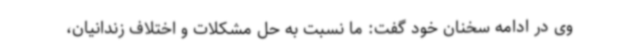
وی در ادامه سخنان خود گفت: ما نسبت به حل مشکلات و اختلاف زندانیان،